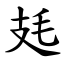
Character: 㲍